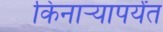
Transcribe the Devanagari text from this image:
किनार्‍यापर्यंत